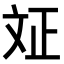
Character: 𭤗